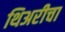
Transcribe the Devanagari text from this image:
थिअरीचा